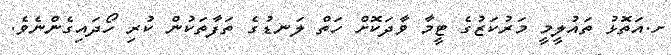
ށ.އަތޮޅު ތައުލީމީ މަރުކަޒުގެ ޓީމާ ވާދަކޮށް ހަތް ލަނޑުގެ ތަފާތަކުން ކުރި ހޯދައިގެންނެވެ.